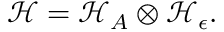
{ \mathcal { H } } = { \mathcal { H } } _ { A } \otimes { \mathcal { H } } _ { \epsilon } .